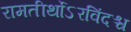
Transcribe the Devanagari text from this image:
रामतीर्थोऽरविंदश्च